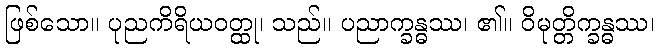
ဖြစ်သော။ ပုညကိရိယဝတ္ထု၊ သည်။ ပညာက္ခန္ဓဿ၊ ၏။ ဝိမုတ္တိက္ခန္ဓဿ၊